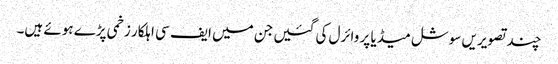
چند تصویریں سوشل میڈیا پر وائرل کی گئیں جن میں ایف سی اہلکار زخمی پڑے ہوئے ہیں۔